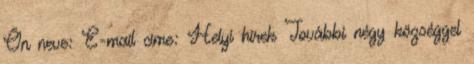
Ön neve: E-mail címe: Helyi hírek További négy községgel